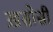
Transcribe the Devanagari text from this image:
ख़सोसी